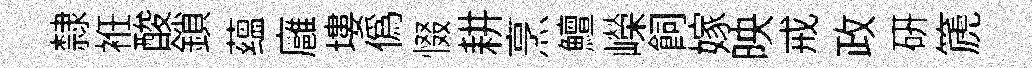
隸袵酸鎖蕴廱塿僞惙耕烹鱣嶸飼嫁映戒政硏篪